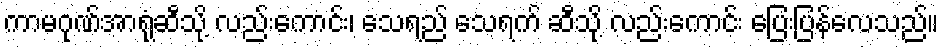
ကာမဂုဏ်အာရုံဆီသို့ လည်းကောင်း၊ သေရည် သေရက် ဆီသို့ လည်းကောင်း ပြေးပြန်လေသည်။